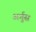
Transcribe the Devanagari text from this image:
अर्गुस